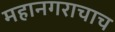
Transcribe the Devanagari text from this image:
महानगराचाच